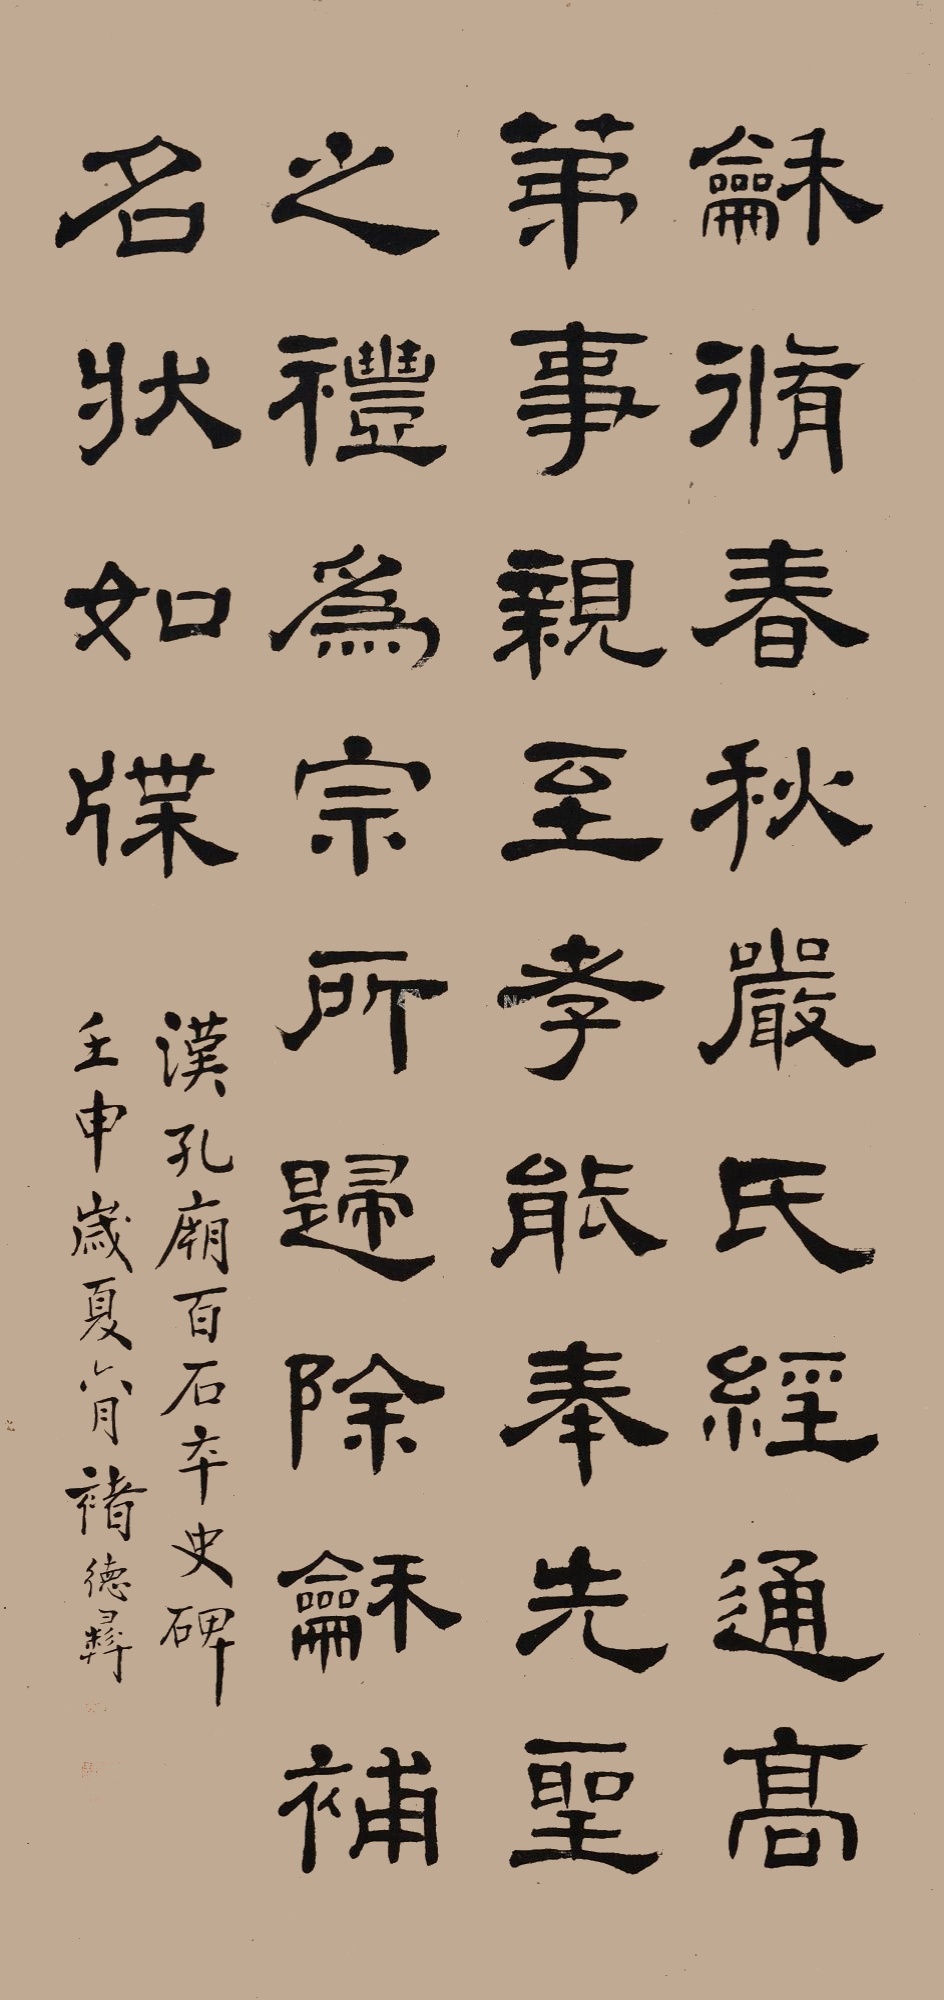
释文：龢修春秋严氏经通，高第事亲至孝，能奉先圣之礼，为宗所归，除龢补各状如牒。汉孔庙百石夲史碑，壬申岁夏六月，褚德彝。